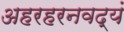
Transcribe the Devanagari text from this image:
अहरहरनवद्यं